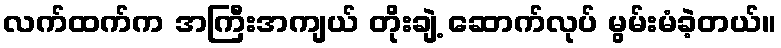
လက်ထက်က အကြီးအကျယ် တိုးချဲ့ ဆောက်လုပ် မွမ်းမံခဲ့တယ်။